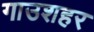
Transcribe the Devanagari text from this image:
गाउशहर